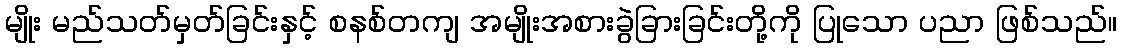
မျိုး မည်သတ်မှတ်ခြင်းနှင့် စနစ်တကျ အမျိုးအစားခွဲခြားခြင်းတို့ကို ပြုသော ပညာ ဖြစ်သည်။